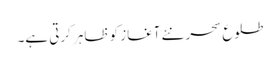
طلوعِ سحر نئے آغاز کو ظاہر کرتی ہے۔